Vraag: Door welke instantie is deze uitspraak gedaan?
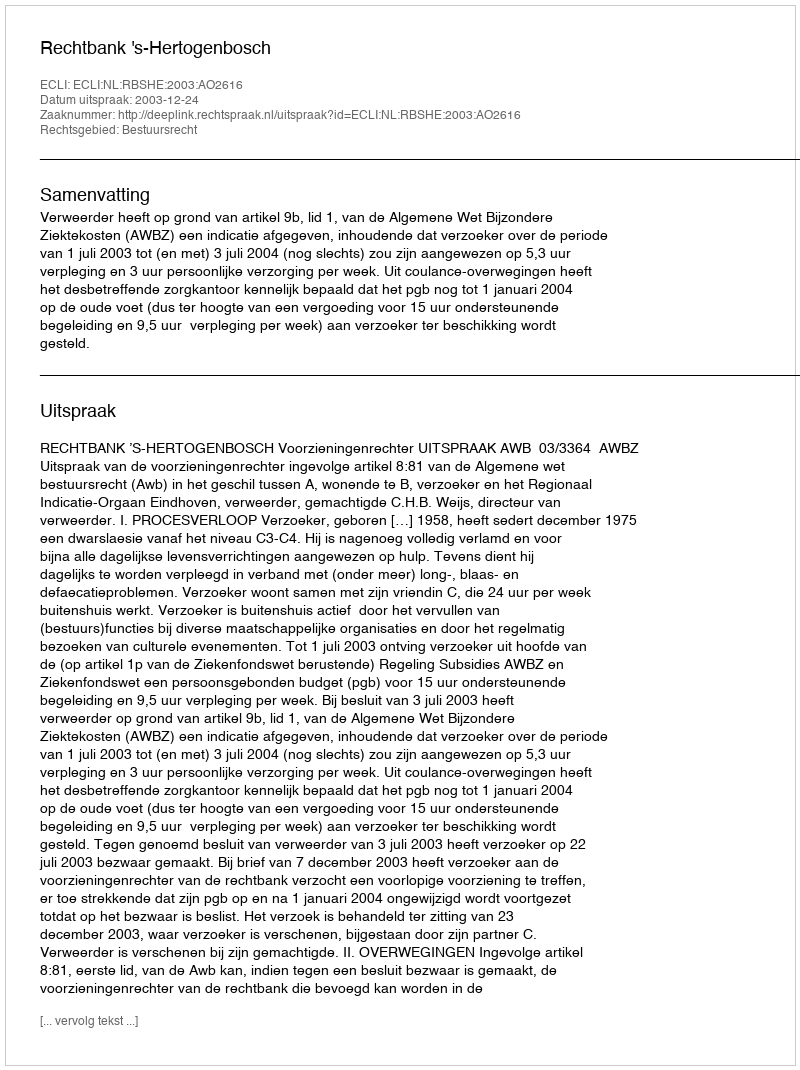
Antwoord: Rechtbank 's-Hertogenbosch